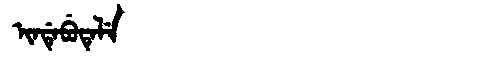
Manchu: ᡳᠨᡩᡝᠪᡠᡨᡝᠯᡝ
Romanization: INDEBUTELE